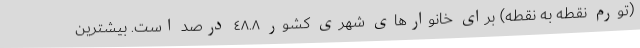
(تورم نقطه به نقطه) برای خانوارهای شهری کشور ٤٨.٨ درصد است. بیشترین